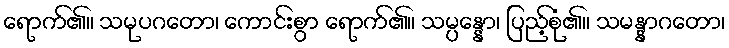
ရောက်၏။ သမုပဂတော၊ ကောင်းစွာ ရောက်၏။ သမ္ပန္နော၊ ပြည့်စုံ၏။ သမန္နာဂတော၊